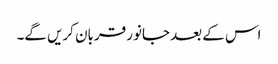
اس کے بعد جانور قربان کریں گے۔